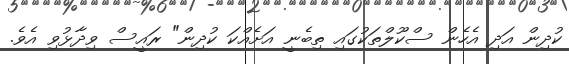
ކުދިން އަދި އެހެން ސްކޫލްތަކުގައި ތިބެނީ އަށެއްކަ ކުދިން" ރައީސް ވިދާޅުވި އެވެ.